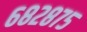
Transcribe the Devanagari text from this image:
६८२८७५